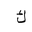
Letter: _kaf